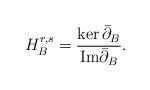
LaTeX: \begin{align*}H_B^{r,s}={{\ker\bar\partial_B}\over {\rm Im} \bar\partial_B}.\end{align*}